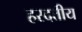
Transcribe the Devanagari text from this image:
हरदत्तीय